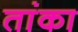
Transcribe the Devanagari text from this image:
तांका